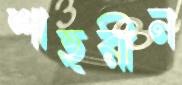
শাহরীন